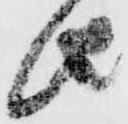
由